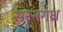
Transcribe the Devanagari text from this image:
सरनगध्र